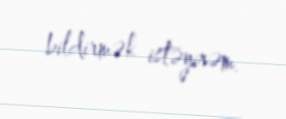
bildirmək istəyirəm.